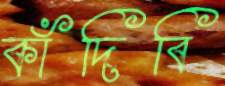
কাঁদিবি